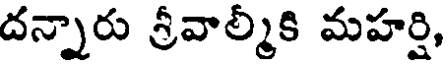
దన్నారు శ్రీవాల్మీకి మహర్షి,